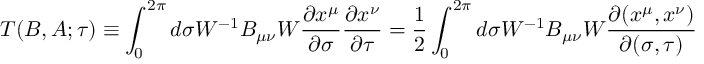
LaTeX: T ( B , A ; \tau ) \equiv \int _ { 0 } ^ { 2 \pi } d \sigma W ^ { - 1 } B _ { \mu \nu } W \frac { \partial x ^ { \mu } } { \partial \sigma } \frac { \partial x ^ { \nu } } { \partial \tau } = \frac 1 2 \int _ { 0 } ^ { 2 \pi } d \sigma W ^ { - 1 } B _ { \mu \nu } W \frac { \partial ( x ^ { \mu } , x ^ { \nu } ) } { \partial ( \sigma , \tau ) }